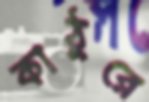
কাঠুরে